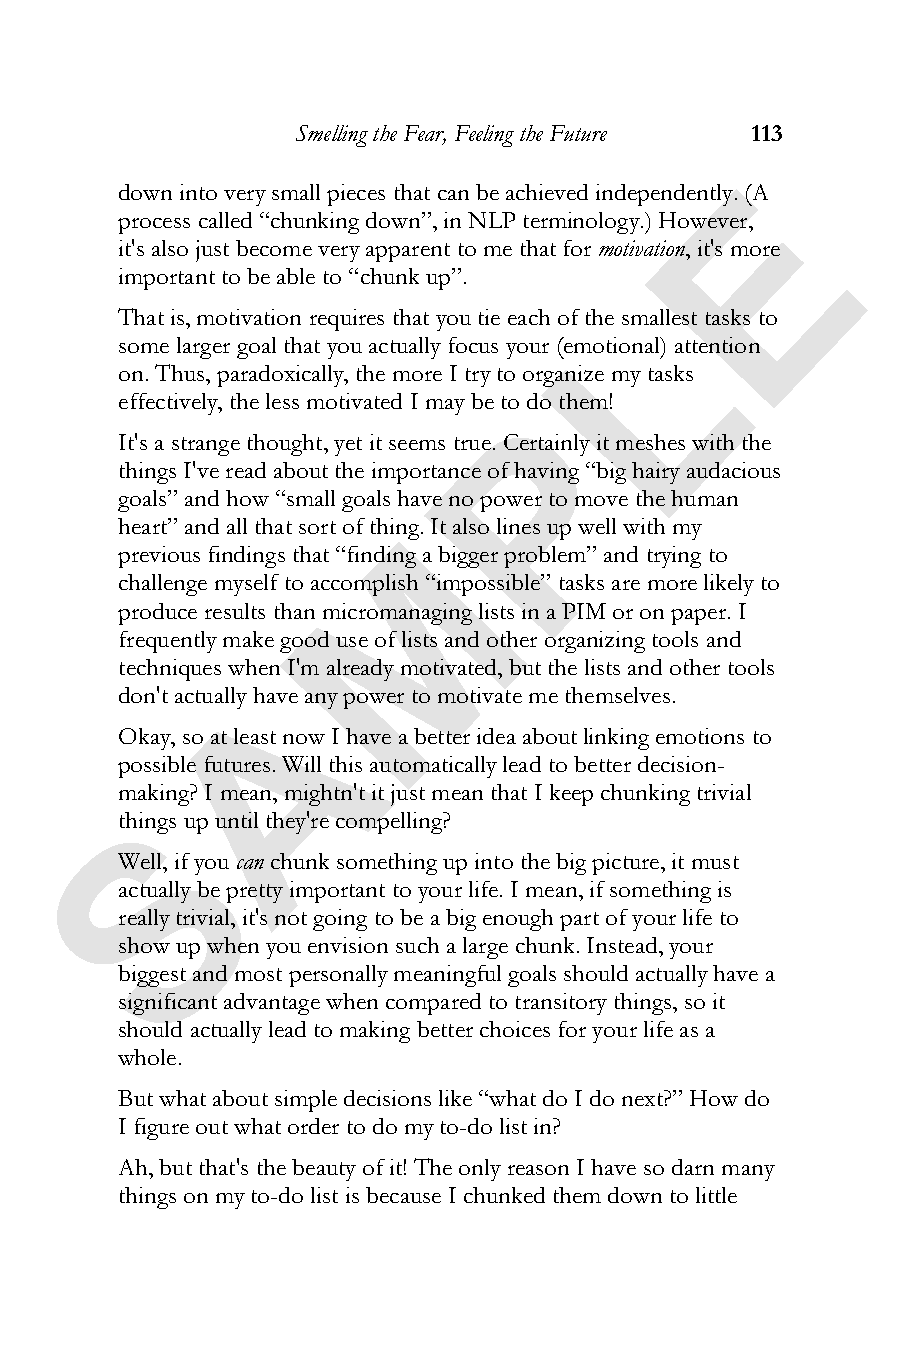
Smelling the Fear, Feeling the Future 113
 E
 down into very small pieces that can be achieved independently. (A
 process called “chunking down”, in NLP terminology.) However,
 it's also just become very apparent to me that for motivation, it's more
 important to be able to “chunk up”.
 L
 That is, motivation requires that you tie each of the smallest tasks to
 some larger goal that you actually focus your (emotional) attention
 on. Thus, paradoxically, the more I try to organize my tasks
 effectively, the less motivated I may be toP do them!
 It's a strange thought, yet it seems true. Certainly it meshes with the
 things I've read about the importance of having “big hairy audacious
 goals” and how “small goals have no power to move the human
 heart” and all that sort of thinMg. It also lines up well with my
 previous findings that “finding a bigger problem” and trying to
 challenge myself to accomplish “impossible” tasks are more likely to
 produce results than micromanaging lists in a PIM or on paper. I
 frequently make good use of lists and other organizing tools and
 techniques when I'm already motivated, but the lists and other tools
 A
 don't actually have any power to motivate me themselves.
 Okay, so at least now I have a better idea about linking emotions to
 possible futures. Will this automatically lead to better decision-
 making? I mean, mightn't it just mean that I keep chunking trivial
 S
 things up until they're compelling?
 Well, if you can chunk something up into the big picture, it must
 actually be pretty important to your life. I mean, if something is
 really trivial, it's not going to be a big enough part of your life to
 show up when you envision such a large chunk. Instead, your
 biggest and most personally meaningful goals should actually have a
 significant advantage when compared to transitory things, so it
 should actually lead to making better choices for your life as a
 whole.
 But what about simple decisions like “what do I do next?” How do
 I figure out what order to do my to-do list in?
 Ah, but that's the beauty of it! The only reason I have so darn many
 things on my to-do list is because I chunked them down to little